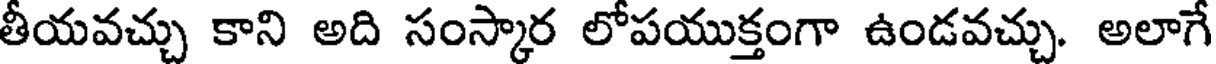
తీయవచ్చు కాని అది సంస్కార లోపయుక్తంగా ఉండవచ్చు. అలాగే